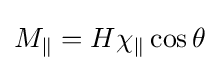
M_{\parallel }=H\chi _{\parallel }\cos {\theta }